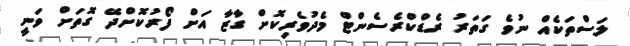
ލަސްތަކެއް ނުވެ ގަތަރު ރެޑްކްރެސެންޓް މެދުވެރިކޮށް ގާޒާ އަށް ފޯރުކޮށްދޭ ގޮތަށް ވަނީ